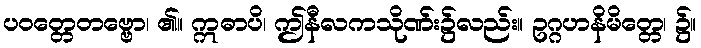
ပဝတ္တေတဗ္ဗော၊ ၏။ ဣဓာပိ၊ ဤနီလကသိုဏ်း၌လည်း။ ဥဂ္ဂဟနိမိတ္တေ၊ ၌။